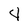
Character: 4